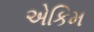
એકિમ